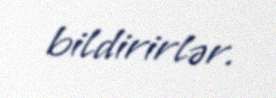
bildirirlər.